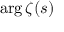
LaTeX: \arg \zeta ( s )